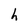
Character: h